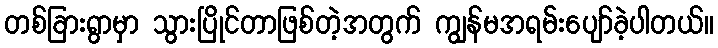
တစ်ခြားရွာမှာ သွားပြိုင်တာဖြစ်တဲ့အတွက် ကျွန်မအရမ်းပျော်ခဲ့ပါတယ်။